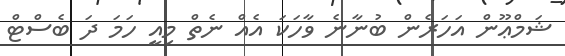
ޝަމްޢޫން އަހަރެން ބުނާނެ ވާހަކަ އެއް ނެތް މިއީ ހަމަ ދަ ބެސްޓް